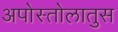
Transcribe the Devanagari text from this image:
अपोस्तोलातुस